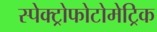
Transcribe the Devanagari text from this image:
स्पेक्ट्रोफोटोमेट्रिक